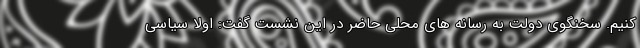
کنیم. سخنگوی دولت به رسانه های محلی حاضر در این نشست گفت: اولا سیاسی